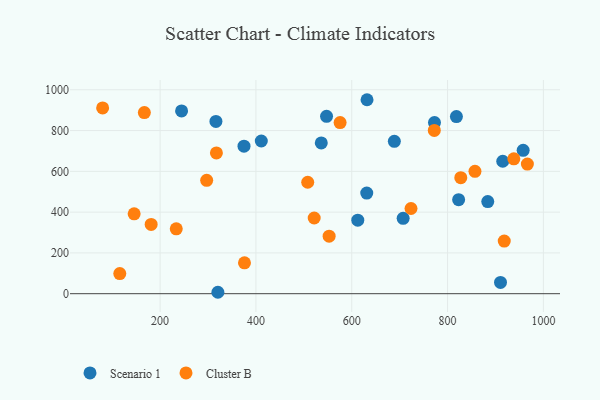
{"axis": {"x": "Investment", "y": "Fuel Efficiency"}, "legend": ["Cluster B", "Scenario 1"], "data": [{"x": "631.9", "y": 951.2, "type": "Scenario 1"}, {"x": "915.2", "y": 649.4, "type": "Scenario 1"}, {"x": "536.4", "y": 739.2, "type": "Scenario 1"}, {"x": "688.9", "y": 747.1, "type": "Scenario 1"}, {"x": "411.2", "y": 748.9, "type": "Scenario 1"}, {"x": "772.7", "y": 839.2, "type": "Scenario 1"}, {"x": "957.8", "y": 702.9, "type": "Scenario 1"}, {"x": "707.3", "y": 369.6, "type": "Scenario 1"}, {"x": "244.8", "y": 896.3, "type": "Scenario 1"}, {"x": "910.5", "y": 55.4, "type": "Scenario 1"}, {"x": "547.4", "y": 869.8, "type": "Scenario 1"}, {"x": "316.5", "y": 844.8, "type": "Scenario 1"}, {"x": "823.1", "y": 461.1, "type": "Scenario 1"}, {"x": "612.6", "y": 360.7, "type": "Scenario 1"}, {"x": "631.3", "y": 493.6, "type": "Scenario 1"}, {"x": "818.5", "y": 868.4, "type": "Scenario 1"}, {"x": "883.9", "y": 451.7, "type": "Scenario 1"}, {"x": "320.6", "y": 7.0, "type": "Scenario 1"}, {"x": "375.1", "y": 723.5, "type": "Scenario 1"}, {"x": "115.8", "y": 98.9, "type": "Cluster B"}, {"x": "772.3", "y": 800.6, "type": "Cluster B"}, {"x": "938.3", "y": 661.6, "type": "Cluster B"}, {"x": "145.8", "y": 391.8, "type": "Cluster B"}, {"x": "181.3", "y": 339.8, "type": "Cluster B"}, {"x": "966.6", "y": 635.5, "type": "Cluster B"}, {"x": "552.8", "y": 282.0, "type": "Cluster B"}, {"x": "233.7", "y": 318.3, "type": "Cluster B"}, {"x": "575.7", "y": 839.3, "type": "Cluster B"}, {"x": "521.6", "y": 371.1, "type": "Cluster B"}, {"x": "317.5", "y": 690.5, "type": "Cluster B"}, {"x": "376.1", "y": 151.6, "type": "Cluster B"}, {"x": "827.6", "y": 568.8, "type": "Cluster B"}, {"x": "508.1", "y": 546.5, "type": "Cluster B"}, {"x": "80.0", "y": 910.9, "type": "Cluster B"}, {"x": "918.3", "y": 258.0, "type": "Cluster B"}, {"x": "167.1", "y": 888.0, "type": "Cluster B"}, {"x": "857.2", "y": 599.9, "type": "Cluster B"}, {"x": "723.7", "y": 417.8, "type": "Cluster B"}, {"x": "297.2", "y": 556.0, "type": "Cluster B"}]}